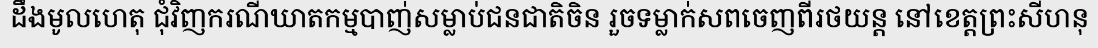
ដឹងមូលហេតុ ជុំវិញករណីឃាតកម្មបាញ់សម្លាប់ជនជាតិចិន រួចទម្លាក់សពចេញពីរថយន្ត នៅខេត្តព្រះសីហនុ